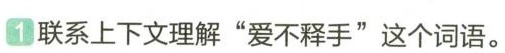
1联系上下文理解”爱不释手”这个词语。